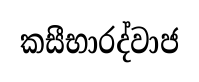
කසීභාරද්වාජ